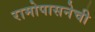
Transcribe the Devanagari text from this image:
रामोपासनेची